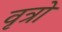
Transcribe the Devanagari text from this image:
वृत्रो